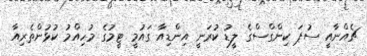
ޗެއްނާއީ ސުޕަ ކިންގްސްގެ ލީޑު ކުރަނީ އިންޑިއާ ގައުމީ ޓީމުގެ މުހިއްމު ކުޅުންތެރިއާ